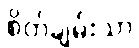
စိတ်ချမ်းသာ